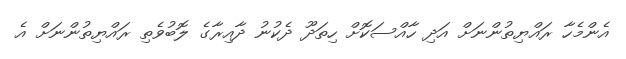
އެންމެހާ ރައްޔިތުންނަށް އަދި ހާއްސަކޮށް ހިތަދޫ ދެކުނު ދާއިރާގެ ލޮބުވެތި ރައްޔިތުންނަށް އެ